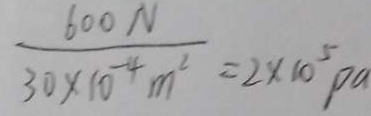
\frac { 6 0 0 N } { 3 0 \times 1 0 ^ { - 4 } m ^ { 2 } } = 2 \times 1 0 ^ { 5 } P a